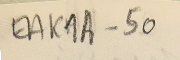
EAK1A-50